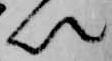
以